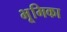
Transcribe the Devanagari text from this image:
भूूमिका